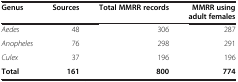
<table><thead><tr><td><b>Genus</b></td><td><b>Sources</b></td><td><b>Total MMRR records</b></td><td><b>MMRR using adult females</b></td></tr></thead><tbody><tr><td><i>Aedes</i></td><td>48</td><td>306</td><td>287</td></tr><tr><td><i>Anopheles</i></td><td>76</td><td>298</td><td>291</td></tr><tr><td><i>Culex</i></td><td>37</td><td>196</td><td>196</td></tr><tr><td><b>Total</b></td><td><b>161</b></td><td><b>800</b></td><td><b>774</b></td></tr></tbody></table>